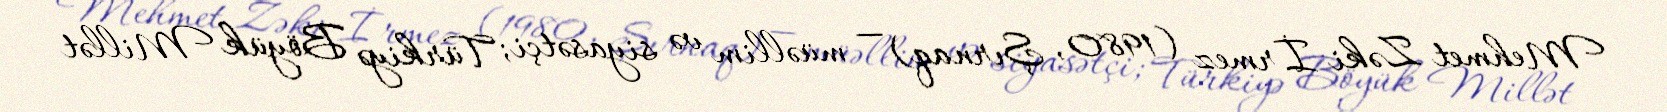
Mehmet Zəki İrmez (1980, Şırnaq) — müəllim və siyasətçi; Türkiyə Böyük Millət